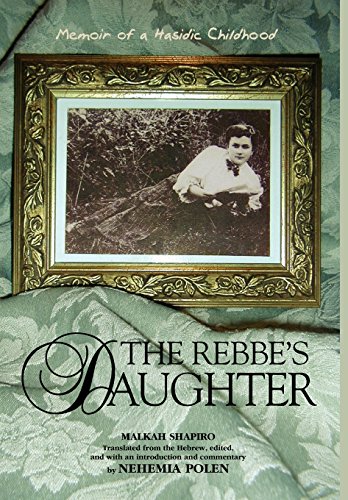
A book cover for The Rebbe's Daughter: Memoir of a Hasidic Childhood; Malka Shapiro; Religion & Spirituality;